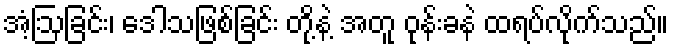
အံ့ဩခြင်း၊ ဒေါသဖြစ်ခြင်း တို့နဲ့ အတူ ဝုန်းခနဲ ထရပ်လိုက်သည်။